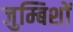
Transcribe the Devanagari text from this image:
जुम्बिशों